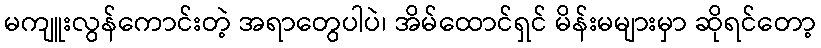
မကျူးလွန်ကောင်းတဲ့ အရာတွေပါပဲ၊ အိမ်ထောင်ရှင် မိန်းမများမှာ ဆိုရင်တော့